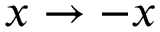
x \to - x